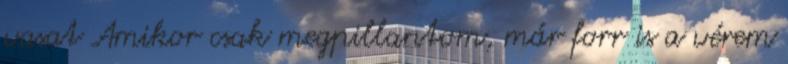
vasat Amikor csak megpillantom, már forr is a vérem